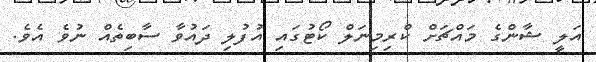
އަލީ ޝާންގެ މައްޗަށް ކްރިމިނަލް ކޯޓުގައި އުފުލި ދައުވާ ސާބިތެއް ނުވެ އެވެ.